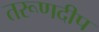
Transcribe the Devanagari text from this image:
तरूणदीप